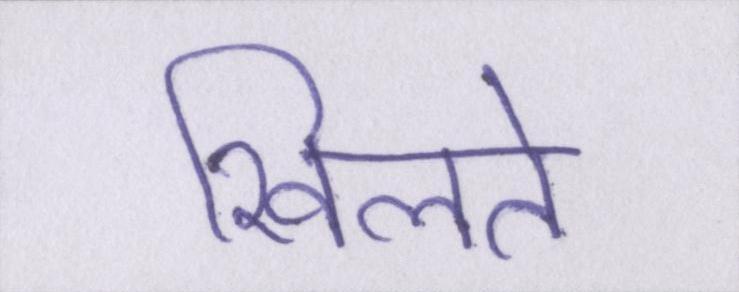
खिलते